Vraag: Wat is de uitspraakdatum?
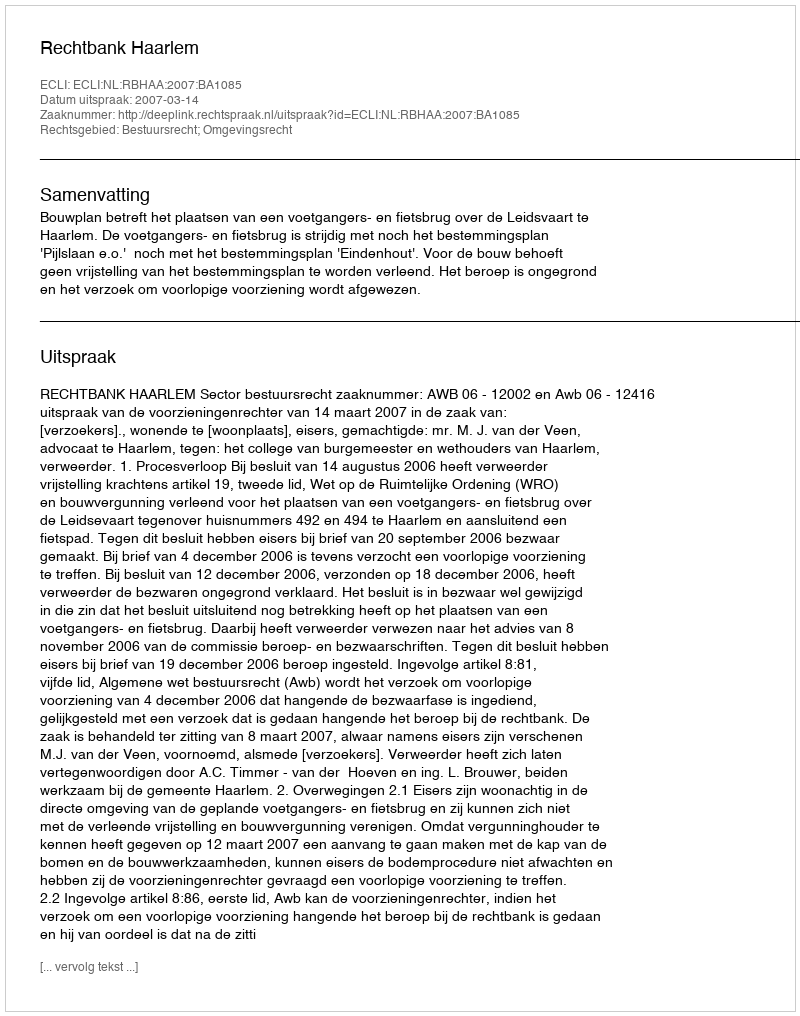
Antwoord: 2007-03-14